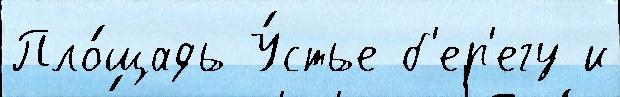
Пло́щадь У́стье б'ер'егу и